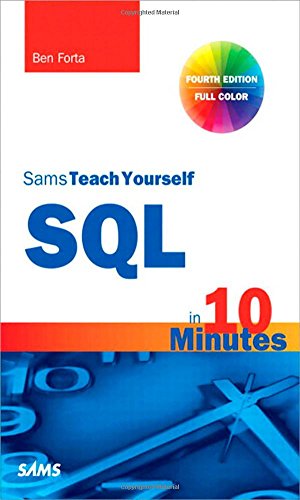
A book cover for SQL in 10 Minutes, Sams Teach Yourself (4th Edition); Ben Forta; Computers & Technology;